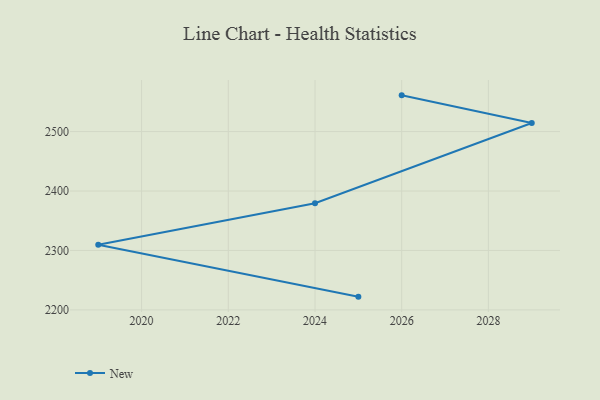
{"axis": {"x": "Year", "y": "Satisfaction Score"}, "legend": ["New"], "data": [{"x": "2025", "y": 2222.3, "type": "New"}, {"x": "2019", "y": 2309.6, "type": "New"}, {"x": "2024", "y": 2379.5, "type": "New"}, {"x": "2029", "y": 2514.4, "type": "New"}, {"x": "2026", "y": 2561.0, "type": "New"}]}